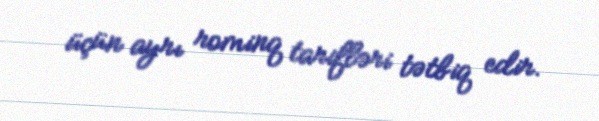
üçün ayrı rominq tarifləri tətbiq edir.